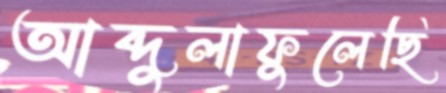
আব্দুলাফুলেছি